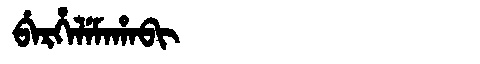
Manchu: ᠪᡝᡵᡥᡝᠯᡝᠮᠠᡥᠠᠪᡳ
Romanization: BERHELEMAHABI